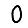
Digit: 0